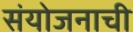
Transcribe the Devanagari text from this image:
संयोजनाची